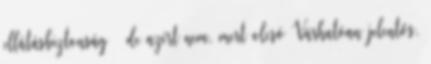
ellátásbiztonság – de azért nem, mert olcsó Várhatóan jelentős,